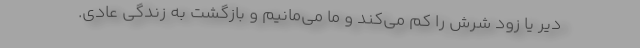
دیر یا زود شرش را کم می‌کند و ما می‌مانیم و بازگشت به زندگی عادی.